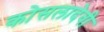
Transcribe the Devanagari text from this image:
कोसलादेवी